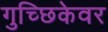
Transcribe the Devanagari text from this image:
गुच्छिकेवर